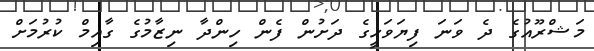
މަޝްރޫއުގެ ދެ ވަނަ ފިޔަވަހީގެ ދަށުން ފެން ހިންދާ ނިޒާމުގެ ގާއިމް ކުރުމަށް